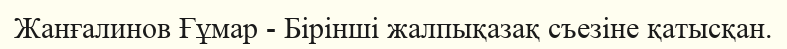
Жанғалинов Ғұмар - Бірінші жалпықазақ съезіне қатысқан.